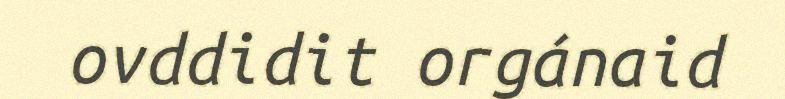
ovddidit orgánaid